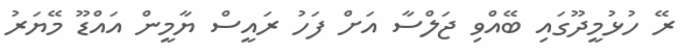
ރޭ ހުޅުމީދޫގައި ބޭއްވި ޖަލްސާ އަށް ފަހު ރައީސް ޔާމީން އައްޑޫ މޭޔަރު